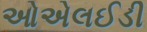
ઓએલઈડી